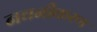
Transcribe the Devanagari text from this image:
नवनीकरण